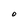
Character: O